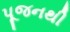
પૂજનથી